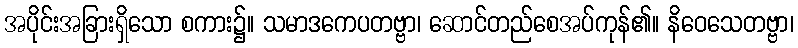
အပိုင်းအခြားရှိသော စကား၌။ သမာဒကေပတဗ္ဗာ၊ ဆောင်တည်စေအပ်ကုန်၏။ နိဝေသေတဗ္ဗာ၊